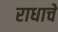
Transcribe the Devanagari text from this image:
राधाचे